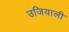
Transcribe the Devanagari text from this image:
उजियाली